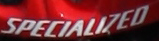
SPECIALIZED